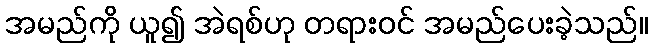
အမည်ကို ယူ၍ အဲရစ်ဟု တရားဝင် အမည်ပေးခဲ့သည်။